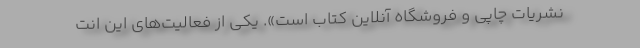
نشریات چاپی و فروشگاه آنلاین کتاب است». یکی از فعالیت‌های این انت